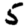
Digit: 5